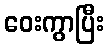
ဝေးကွာပြီး